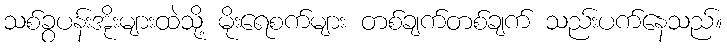
သစ်ခွပန်းအိုးများထဲသို့ မိုးရေစက်များ တစ်ချက်တစ်ချက် သည်းပက်နေသည်။